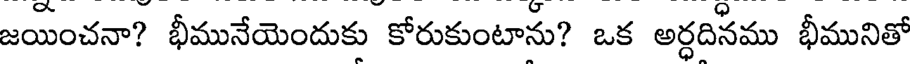
జయించనా? భీమునేయెందుకు కోరుకుంటాను? ఒక అర్ధదినము భీమునితో